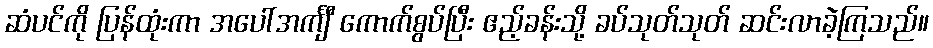
ဆံပင်ကို ပြန်ထုံးကာ အပေါ်အင်္ကျီ ကောက်စွပ်ပြီး ဧည့်ခန်းသို့ ခပ်သုတ်သုတ် ဆင်းလာခဲ့ကြသည်။